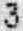
3